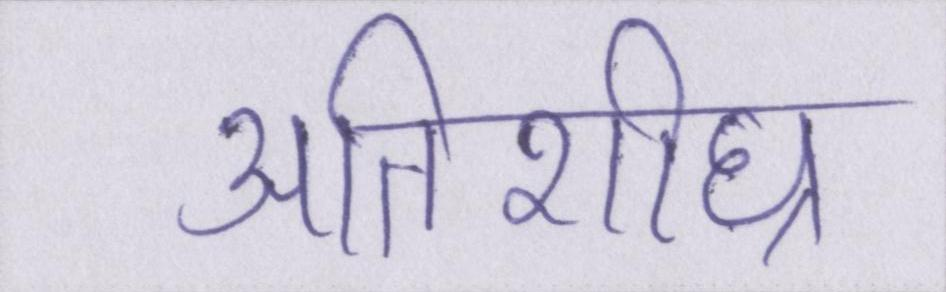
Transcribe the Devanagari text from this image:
अतिशीघ्र